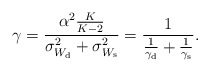
\begin{align*}\gamma=\frac{\alpha^2\frac{K}{K-2}}{\sigma_{W_{\rm d}}^2+\sigma_{W_{\rm s}}^2}=\frac{1}{\frac{1}{\gamma_{\rm d}}+\frac{1}{\gamma_{\rm s}}}.\end{align*}